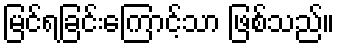
မြင်ရခြင်းကြောင့်သာ ဖြစ်သည်။